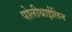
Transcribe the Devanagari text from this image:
पोलीथाईलिन